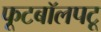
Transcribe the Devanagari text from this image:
फूटबॉलपटू